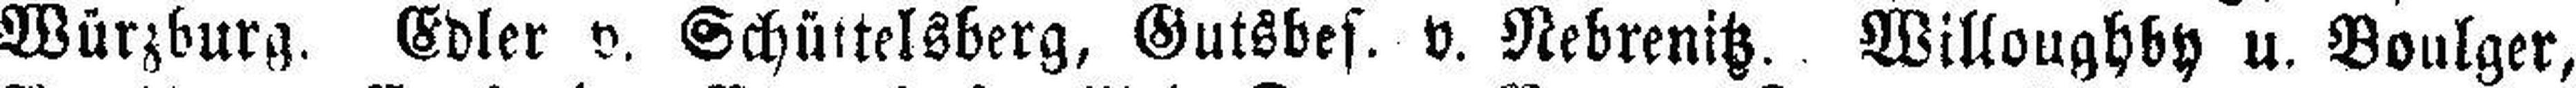
Würzburg. Edler v. Schüttelsberg, Gutsbes. v. Nebrenitz. Willoughby u. Boulger,